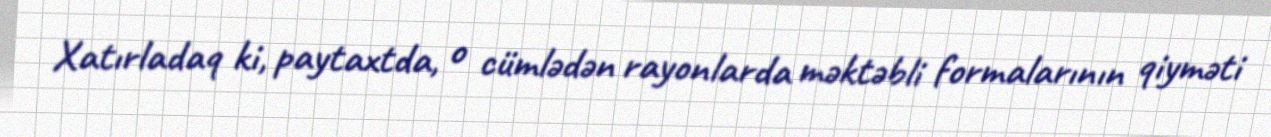
Xatırladaq ki, paytaxtda, o cümlədən rayonlarda məktəbli formalarının qiyməti